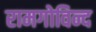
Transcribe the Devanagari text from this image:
रामगोविन्द